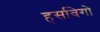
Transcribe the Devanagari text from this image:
हर्सावेगो